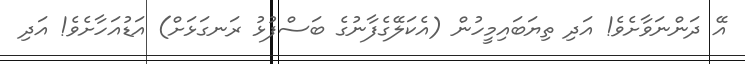
އޭ ދަންނަވާށެވެ! އަދި ތިޔަބައިމީހުން (އެކަލޭގެފާނުގެ ބަސްފުޅު ރަނގަޅަށް) އަޑުއަހާށެވެ! އަދި